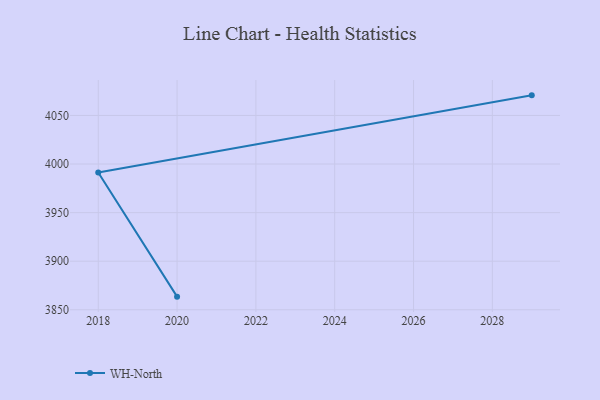
{"axis": {"x": "Year", "y": "Budget (USD K)"}, "legend": ["WH-North"], "data": [{"x": "2029", "y": 4070.7, "type": "WH-North"}, {"x": "2018", "y": 3991.2, "type": "WH-North"}, {"x": "2020", "y": 3863.5, "type": "WH-North"}]}